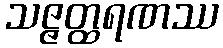
သဇ္ဇတ္ထရဏဿ